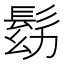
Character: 𩬗